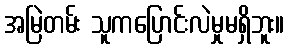
အမြဲတမ်း သူကပြောင်းလဲမှုမရှိဘူး။